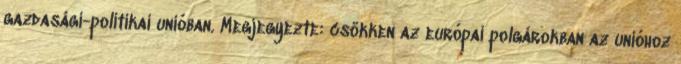
gazdasági-politikai unióban. Megjegyezte: csökken az európai polgárokban az unióhoz